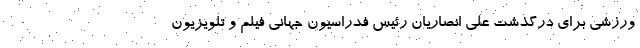
ورزشی برای درگذشت علی انصاریان رئیس فدراسیون جهانی فیلم و تلویزیون